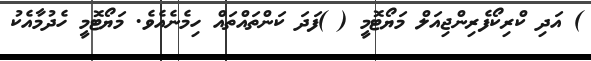
) އަދި ކްރިކޯފެރިންޖިއަލް މަޔޯޓޮމީ ( )ފަދަ ކަންތައްތައް ހިމެނެއެވެ. މަޔޯޓޮމީ ހެދުމާއެކު